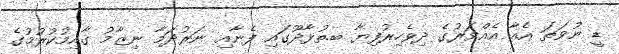
ޑީ ނުވަތަ އެއާ އެއްވަރުގެ ދިވެހިރުފިޔާ ބ.ތުޅާދޫގައި ފެނާއި ނަރުދަމާ ނިޒާމު ޤާއިމުކުރުމުގެ